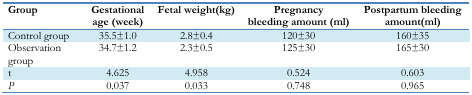
<table><thead><tr><td><b>Group</b></td><td><b>Gestational age (week)</b></td><td><b>Fetal weight(kg)</b></td><td><b>Pregnancy bleeding amount (ml)</b></td><td><b>Postpartum bleeding amount(ml)</b></td></tr></thead><tbody><tr><td>Control group</td><td>35.5±1.0</td><td>2.8±0.4</td><td>120±30</td><td>160±35</td></tr><tr><td>Observation group</td><td>34.7±1.2</td><td>2.3±0.5</td><td>125±30</td><td>165±30</td></tr><tr><td>t</td><td>4.625</td><td>4.958</td><td>0.524</td><td>0.603</td></tr><tr><td><i>P</i></td><td>0.037</td><td>0.033</td><td>0.748</td><td>0.965</td></tr></tbody></table>